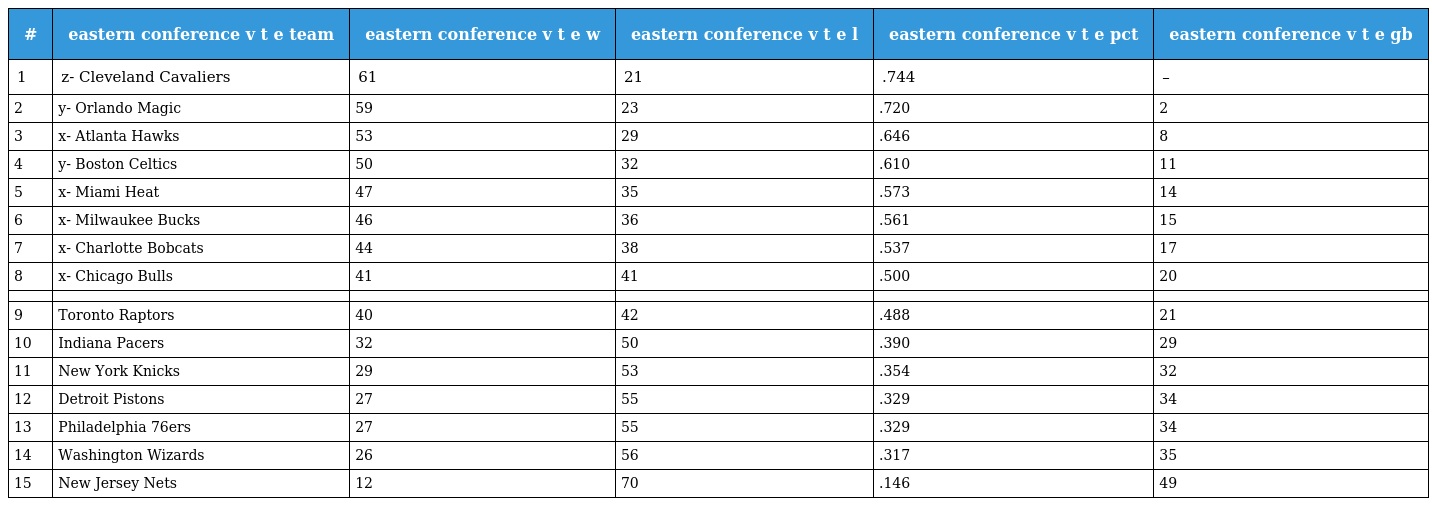
| # | eastern conference v t e team | eastern conference v t e w | eastern conference v t e l | eastern conference v t e pct | eastern conference v t e gb |
 | --- | --- | --- | --- | --- | --- |
 | 1 | z- Cleveland Cavaliers | 61 | 21 | .744 | – |
 | 2 | y- Orlando Magic | 59 | 23 | .720 | 2 |
 | 3 | x- Atlanta Hawks | 53 | 29 | .646 | 8 |
 | 4 | y- Boston Celtics | 50 | 32 | .610 | 11 |
 | 5 | x- Miami Heat | 47 | 35 | .573 | 14 |
 | 6 | x- Milwaukee Bucks | 46 | 36 | .561 | 15 |
 | 7 | x- Charlotte Bobcats | 44 | 38 | .537 | 17 |
 | 8 | x- Chicago Bulls | 41 | 41 | .500 | 20 |
 |  |  |  |  |  |  |
 | 9 | Toronto Raptors | 40 | 42 | .488 | 21 |
 | 10 | Indiana Pacers | 32 | 50 | .390 | 29 |
 | 11 | New York Knicks | 29 | 53 | .354 | 32 |
 | 12 | Detroit Pistons | 27 | 55 | .329 | 34 |
 | 13 | Philadelphia 76ers | 27 | 55 | .329 | 34 |
 | 14 | Washington Wizards | 26 | 56 | .317 | 35 |
 | 15 | New Jersey Nets | 12 | 70 | .146 | 49 |